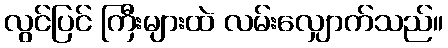
လွင်ပြင် ကြီးများထဲ လမ်းလျှောက်သည်။